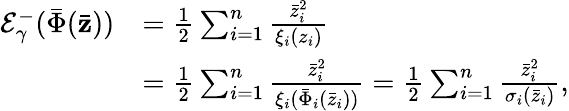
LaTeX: \begin{array}{rl}{\mathcal{E}_{\gamma}^{-}(\bar{\Phi}(\bar{\mathbf{z}}))}&{=\frac{1}{2}\sum_{i=1}^{n}\frac{\bar{z}_{i}^{2}}{\xi_{i}(z_{i})}}\\ &{=\frac{1}{2}\sum_{i=1}^{n}\frac{\bar{z}_{i}^{2}}{\xi_{i}(\bar{\Phi}_{i}(\bar{z}_{i}))}=\frac{1}{2}\sum_{i=1}^{n}\frac{\bar{z}_{i}^{2}}{\sigma_{i}(\bar{z}_{i})},}\end{array}